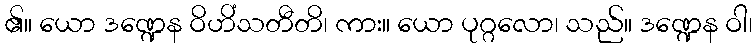
၏။ ယော ဒဏ္ဍေန ဝိဟိံသတီတိ၊ ကား။ ယော ပုဂ္ဂလော၊ သည်။ ဒဏ္ဍေန ဝါ၊